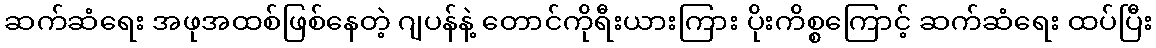
ဆက်ဆံရေး အဖုအထစ်ဖြစ်နေတဲ့ ဂျပန်နဲ့ တောင်ကိုရီးယားကြား ပိုးကိစ္စကြောင့် ဆက်ဆံရေး ထပ်ပြီး